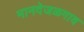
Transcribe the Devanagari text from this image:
मानदेजळगाव